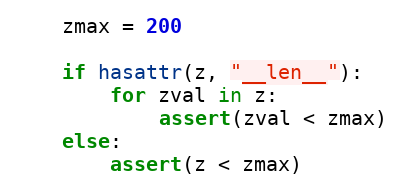
Language: Python
    zmax = 200

    if hasattr(z, "__len__"):
        for zval in z:
            assert(zval < zmax)
    else:
        assert(z < zmax)